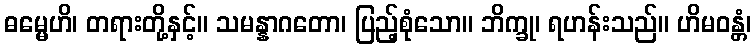
ဓမ္မေဟိ၊ တရားတို့နှင့်။ သမန္နာဂတော၊ ပြည့်စုံသော။ ဘိက္ခု၊ ရဟန်းသည်။ ဟိမဝန္တံ၊